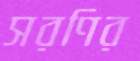
সরণির